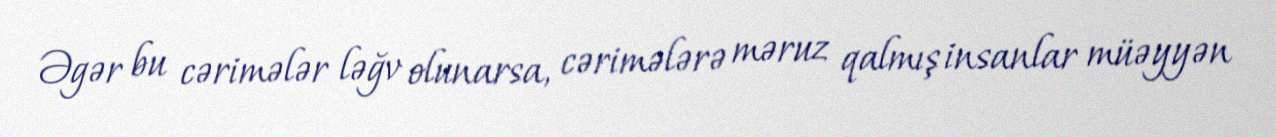
Əgər bu cərimələr ləğv olunarsa, cərimələrə məruz qalmış insanlar müəyyən